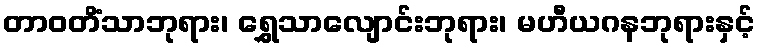
တာဝတိံသာဘုရား၊ ရွှေသာလျောင်းဘုရား၊ မဟီယဂနဘုရားနှင့်